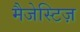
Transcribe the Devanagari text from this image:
मैजेस्टिज़